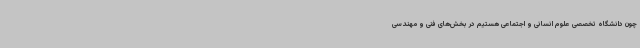
چون دانشگاه تخصصی علوم انسانی و اجتماعی هستیم در بخش‌های فنی و مهندسی